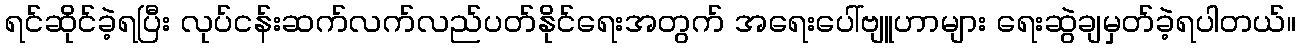
ရင်ဆိုင်ခဲ့ရပြီး လုပ်ငန်းဆက်လက်လည်ပတ်နိုင်ရေးအတွက် အရေးပေါ်ဗျူဟာများ ရေးဆွဲချမှတ်ခဲ့ရပါတယ်။